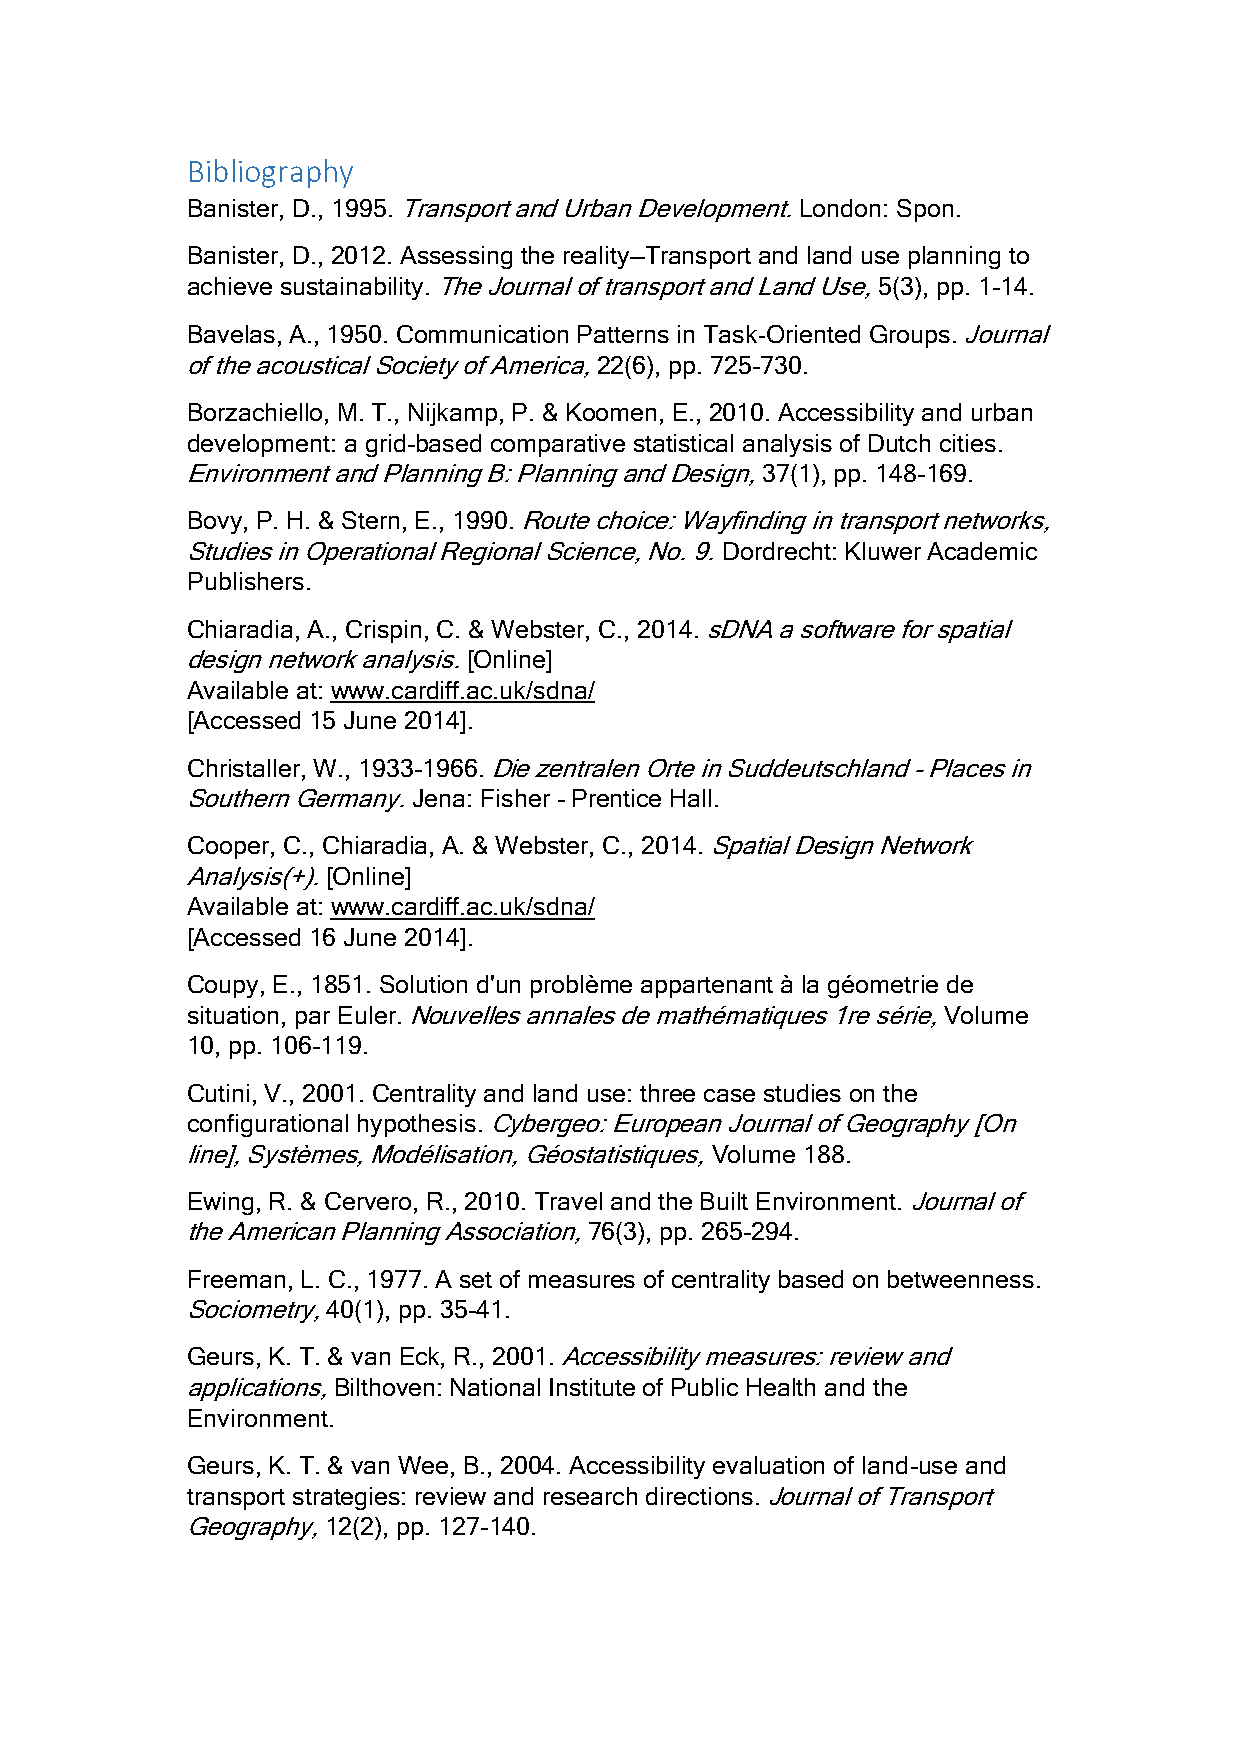
Bibliography
 Banister, D., 1995. Transport and Urban Development. London: Spon.
 Banister, D., 2012. Assessing the reality—Transport and land use planning to
 achieve sustainability. The Journal of transport and Land Use, 5(3), pp. 1-14.
 Bavelas, A., 1950. Communication Patterns in Task‐Oriented Groups. Journal
 of the acoustical Society of America, 22(6), pp. 725-730.
 Borzachiello, M. T., Nijkamp, P. & Koomen, E., 2010. Accessibility and urban
 development: a grid-based comparative statistical analysis of Dutch cities.
 Environment and Planning B: Planning and Design, 37(1), pp. 148-169.
 Bovy, P. H. & Stern, E., 1990. Route choice: Wayfinding in transport networks,
 Studies in Operational Regional Science, No. 9. Dordrecht: Kluwer Academic
 Publishers.
 Chiaradia, A., Crispin, C. & Webster, C., 2014. sDNA a software for spatial
 design network analysis. [Online]
 Available at: www.cardiff.ac.uk/sdna/
 [Accessed 15 June 2014].
 Christaller, W., 1933-1966. Die zentralen Orte in Suddeutschland - Places in
 Southern Germany. Jena: Fisher - Prentice Hall.
 Cooper, C., Chiaradia, A. & Webster, C., 2014. Spatial Design Network
 Analysis(+). [Online]
 Available at: www.cardiff.ac.uk/sdna/
 [Accessed 16 June 2014].
 Coupy, E., 1851. Solution d'un problème appartenant à la géometrie de
 situation, par Euler. Nouvelles annales de mathématiques 1re série, Volume
 10, pp. 106-119.
 Cutini, V., 2001. Centrality and land use: three case studies on the
 configurational hypothesis. Cybergeo: European Journal of Geography [On
 line], Systèmes, Modélisation, Géostatistiques, Volume 188.
 Ewing, R. & Cervero, R., 2010. Travel and the Built Environment. Journal of
 the American Planning Association, 76(3), pp. 265-294.
 Freeman, L. C., 1977. A set of measures of centrality based on betweenness.
 Sociometry, 40(1), pp. 35-41.
 Geurs, K. T. & van Eck, R., 2001. Accessibility measures: review and
 applications, Bilthoven: National Institute of Public Health and the
 Environment.
 Geurs, K. T. & van Wee, B., 2004. Accessibility evaluation of land-use and
 transport strategies: review and research directions. Journal of Transport
 Geography, 12(2), pp. 127-140.